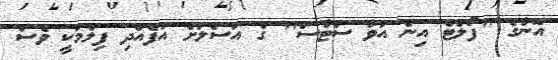
އޭނާގެ "ފޯލްޓް އިން އަވާ ސްޓާސް" ގެ އަސްލަށް އުފެއްދި ފިލްމަކީ ވެސް